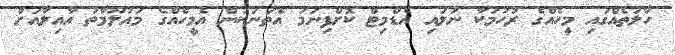
ހާލަތެއްގައި މީހެއްގެ ރުހުމަކާ ނުލައި އެޑްމިޓް ކޮށްފިނަމަ އެތަނަކުން އެމީހެއްގެ މައުލޫމާތު އާއިލާއަށް